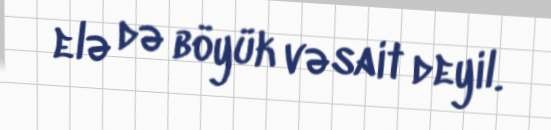
elə də böyük vəsait deyil.